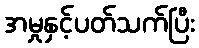
အမှုနှင့်ပတ်သက်ပြီး